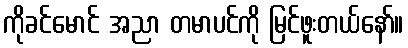
ကိုခင်မောင် အညာ တမာပင်ကို မြင်ဖူးတယ်နော်။